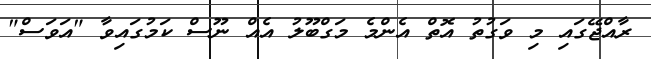
ރާއްޖޭގައި މި ވަގުތު އޮތް އެންމެ މަގްބޫލު އެއް ނޫސް ކަމުގައިވާ "އަވަސް"